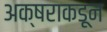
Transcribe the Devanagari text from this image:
अक्षराकडून